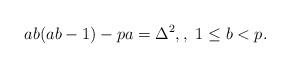
LaTeX: \begin{align*}ab(ab-1)-pa=\Delta^2,,\ 1\leq b<p.\end{align*}